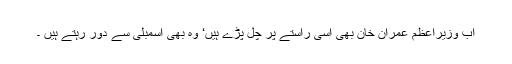
اب وزیراعظم عمران خان بھی اسی راستے پر چل پڑے ہیں‘ وہ بھی اسمبلی سے دور رہتے ہیں ۔